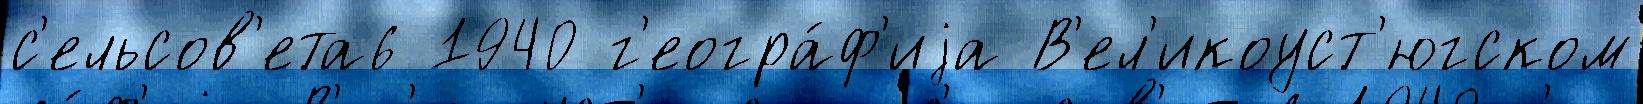
с'ельсов'ета6 1940 г'еогра́ф'иjа В'ел'икоуст'югском